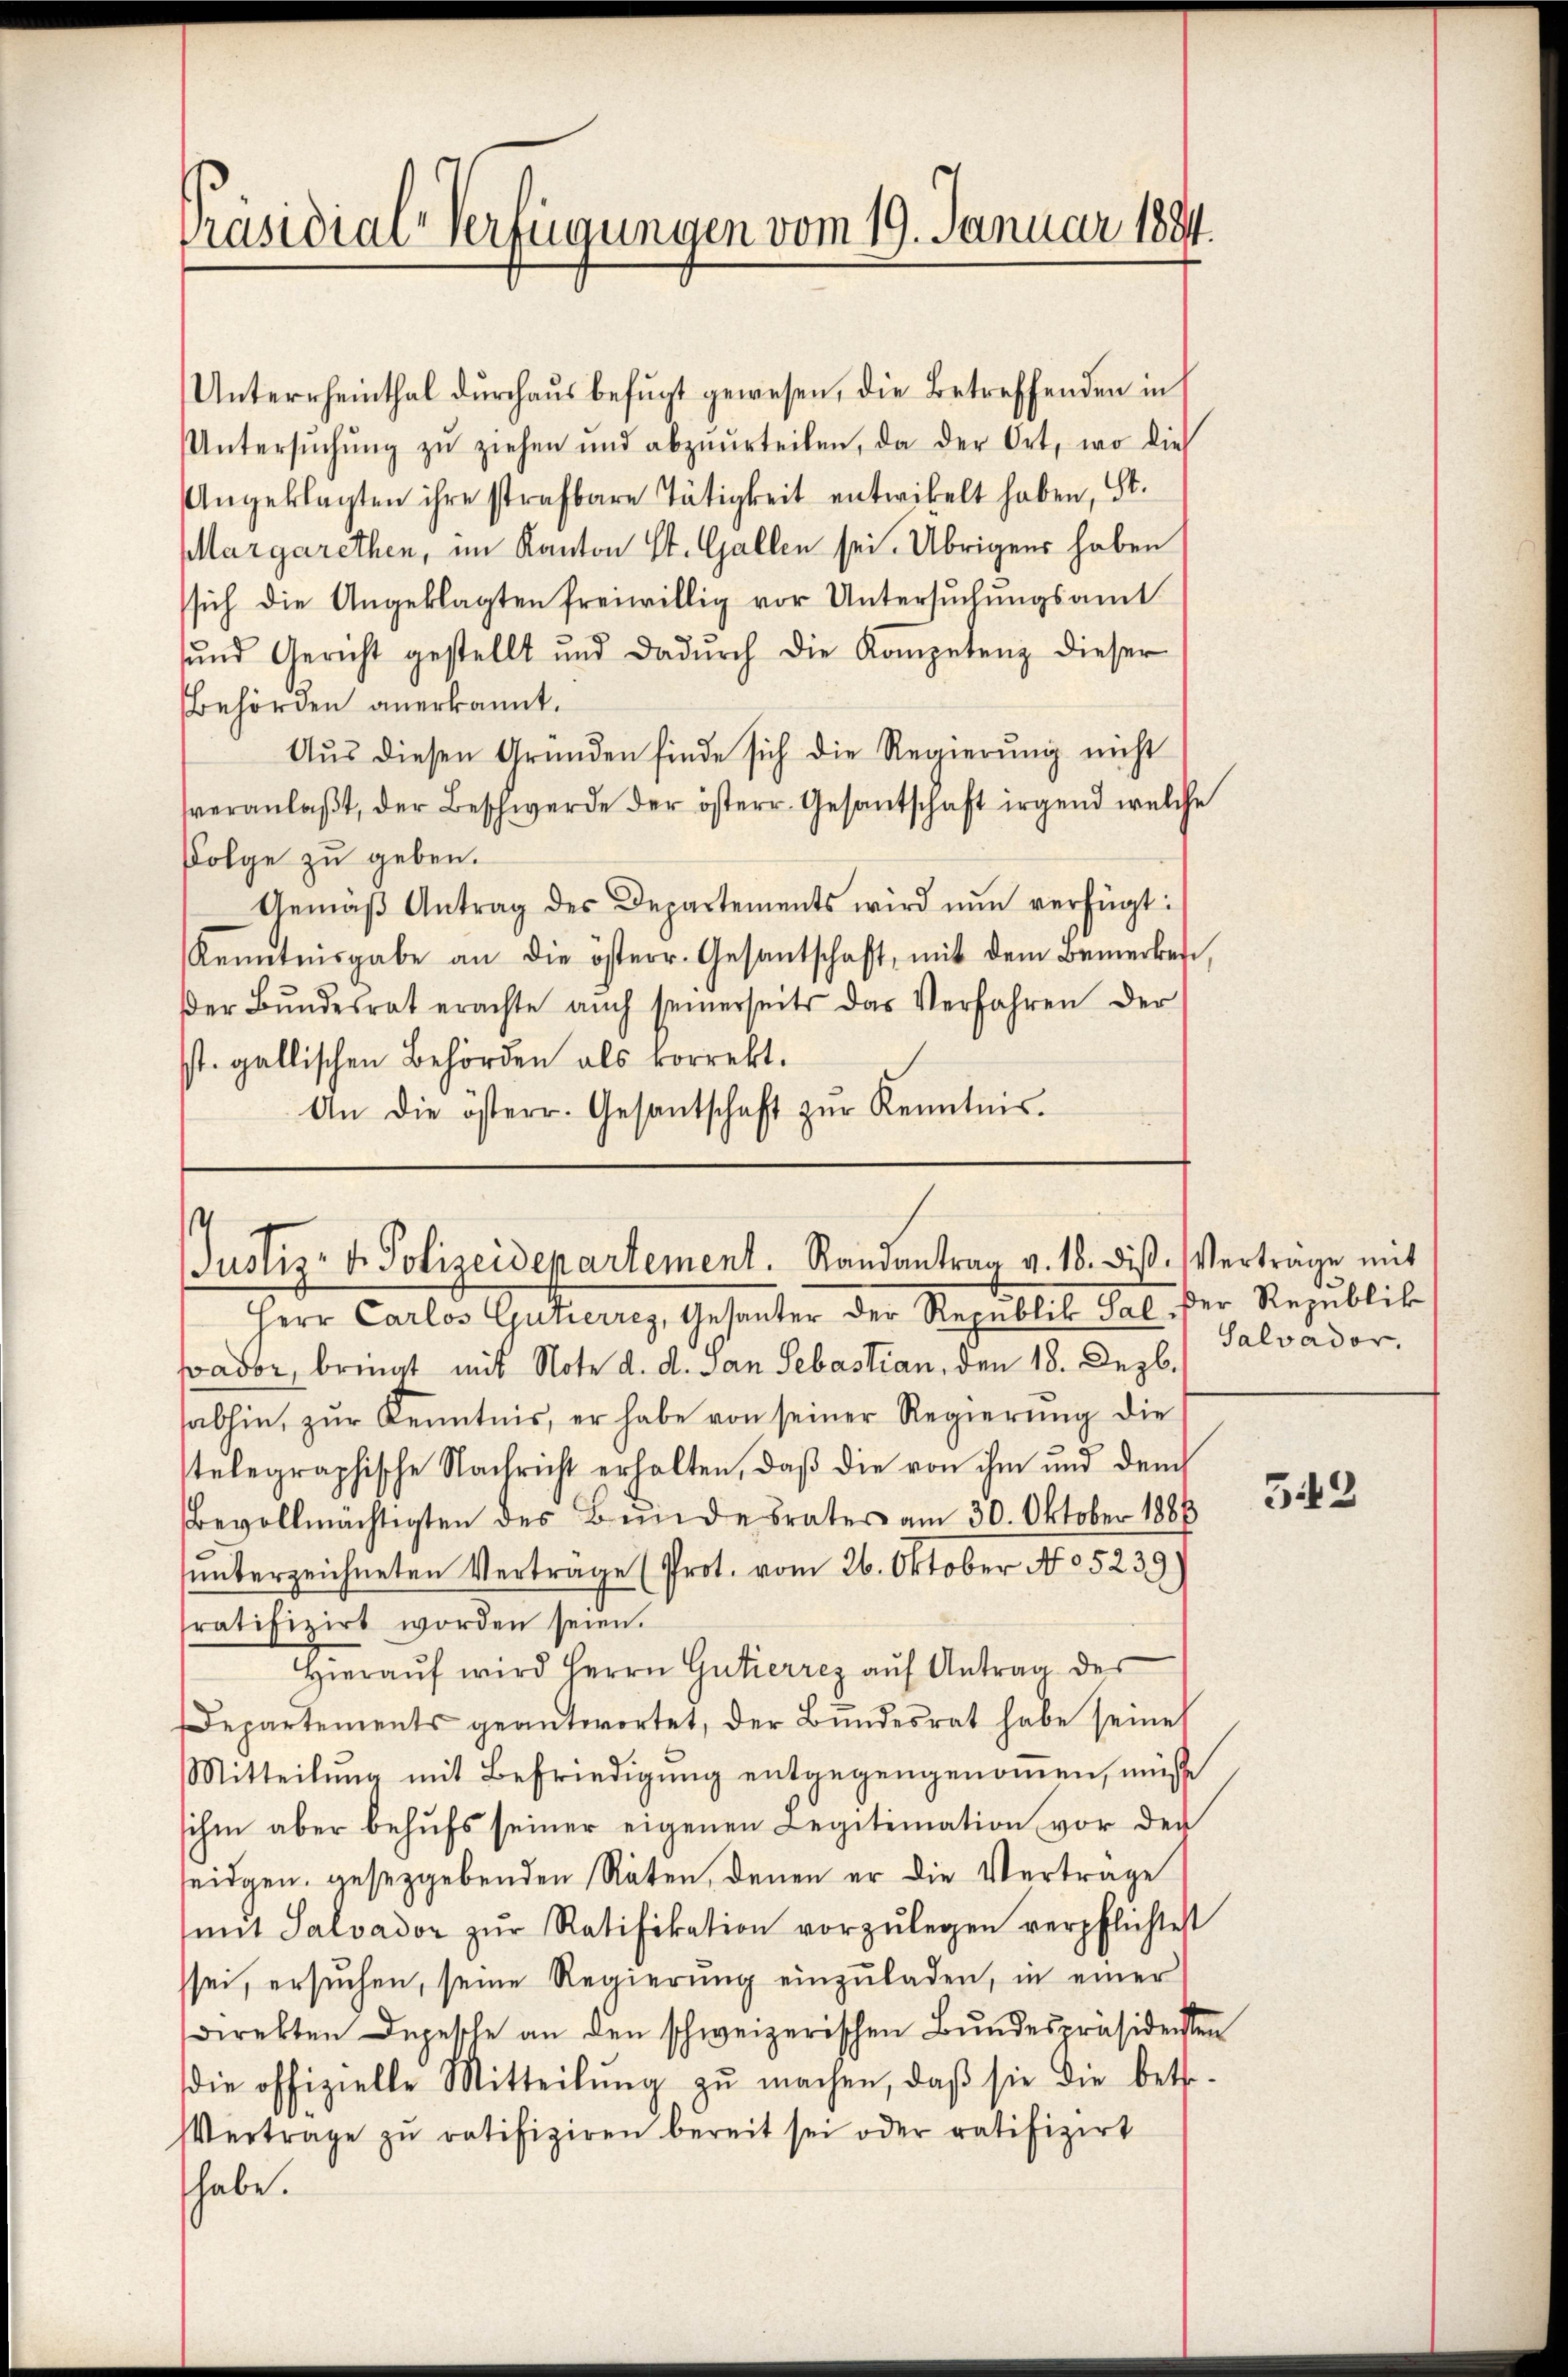
Präsidial-Verfügungen vom 19. Januar 1884.

Unterrheinthal durchaus befugt gewesen, die Betreffenden in
Untersŭchŭng zŭ ziehen und abzuurteilen, da der Ort, wo die
Angeklagten ihre strafbare Tätigkeit entwickelt haben, St.
Margarethen, im Kanton St. Gallen sei. Übrigens haben
sich die Angeklagten freiwillig vor Untersuchungsamt
sŭnd Gericht gestellt und dadŭrch die Kompetenz dieser
Behörden anerkannt.
Aŭs diesen Gründen finde sich die Regierŭng nicht
veranlaβt, der Beschwerde der österr. Gesantschaft irgend welche
Folge zu geben.
Gemäβ Antrag des Departements wird nun verfügt:
Kenntnisgabe an die österr. Gesantschaft, mit dem Bemerkes,
der Bŭndesrat erachte aŭch seinerseits das Verfahren der
st. gallischen Behörden als korrekt.
An die österr. Gesantschaft zŭr Kenntnis.

s
Justiz- & Polizeidepartement. Randantrag v. 18. diβ. Vertrage mit

Salvador.

Herr Carlos Gutierrez, Gesanter der Republik Sal. Der Republik
pador, bringt mit Note d. d. an Sebastian, den 18. Dezb.
abhin, zŭr Kenntnis, er habe von seiner Regierŭng die
telegraphische Nachricht erhalten, daβ die von ihm und dench
Bevollmächtigten des Bŭndesrates am 30. Oktober 1888
ŭnterzeichneten Vertrage (Prot. vom 26. Oktober No 5239)
ratifizirt worden seien.
Hieraŭf wird Herrn Gutierrez aŭf Antrag des
Departements geantwortet, der Bundesrat habe seine
Mitteilŭng mit Befriedigŭng entgegengenoṁen, müß
sihm aber behŭfs seiner eigenen Legitimation vor der
seidgen. gesetzgebenden Räten, denen er die Vertrage
mit Salvador zŭr Ratifikation vorzŭlegen verpflichtest
ssei, ersŭchen, seine Regierŭng einzŭladen, in einer
direkten Depesche an den schweizerischen Bundespräsidensten
die offizielle Mitteilŭng zŭ machen, daβ sie die bethe-
Vertrage zŭ ratifiziren bereit sei oder ratifizirt
habe.

342